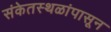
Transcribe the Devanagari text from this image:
संकेतस्थळांपासून